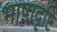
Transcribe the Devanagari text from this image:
भाषादृष्टि